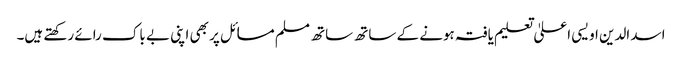
اسد الدین اویسی اعلیٰ تعلیم یافتہ ہونے کے ساتھ ساتھ مسلم مسائل پر بھی اپنی بے باک رائے رکھتے ہیں۔